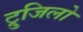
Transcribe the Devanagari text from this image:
ट्रुजिलो